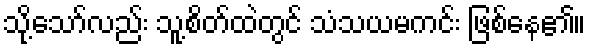
သို့သော်လည်း သူ့စိတ်ထဲတွင် သံသယမကင်း ဖြစ်နေ၏။